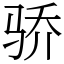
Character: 骄